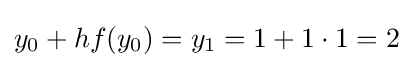
y_{0}+hf(y_{0})=y_{1}=1+1\cdot 1=2